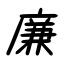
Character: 廉